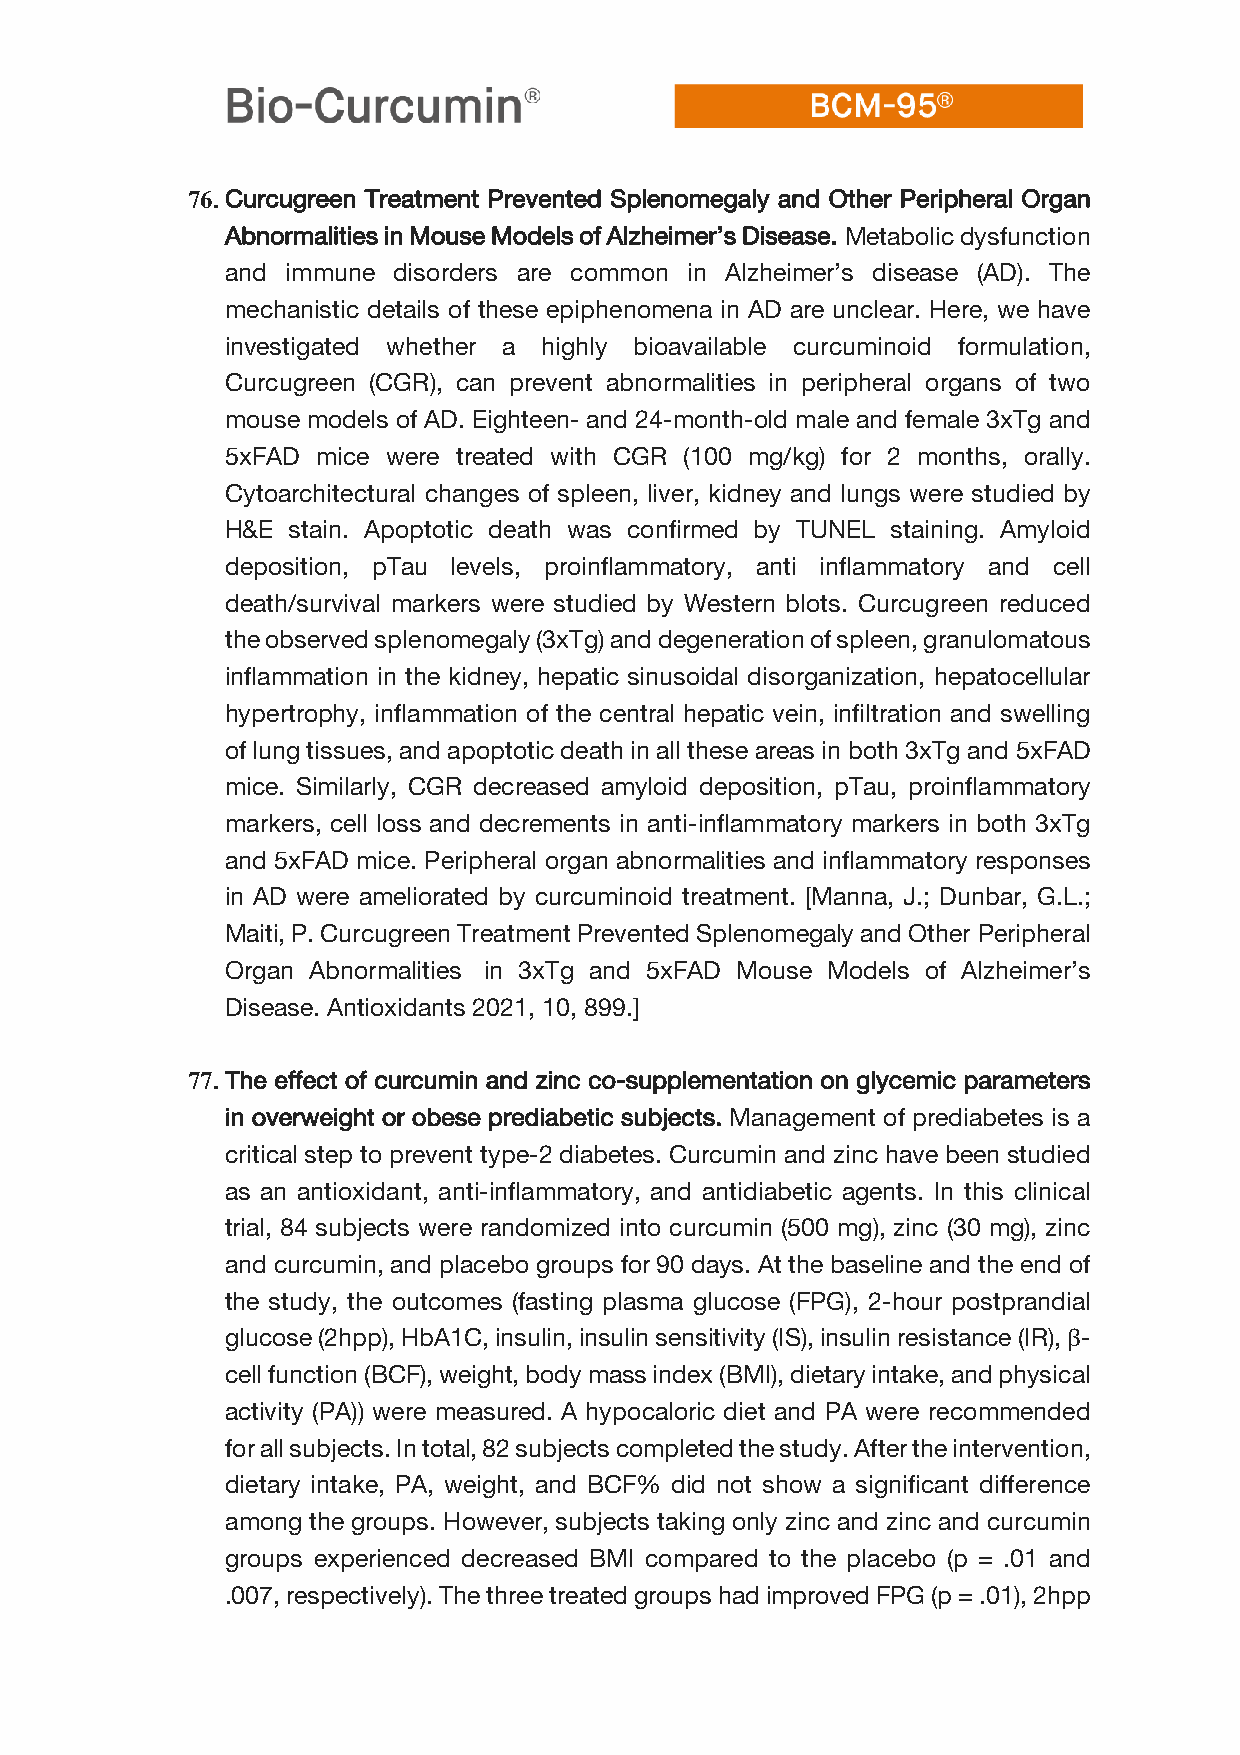
76. Curcugreen Treatment Prevented Splenomegaly and Other Peripheral Organ
 Abnormalities in Mouse Models of Alzheimer’s Disease. Metabolic dysfunction
 and immune disorders are common in Alzheimer’s disease (AD). The
 mechanistic details of these epiphenomena in AD are unclear. Here, we have
 investigated whether a highly bioavailable curcuminoid formulation,
 Curcugreen (CGR), can prevent abnormalities in peripheral organs of two
 mouse models of AD. Eighteen- and 24-month-old male and female 3xTg and
 5xFAD mice were treated with CGR (100 mg/kg) for 2 months, orally.
 Cytoarchitectural changes of spleen, liver, kidney and lungs were studied by
 H&E stain. Apoptotic death was confirmed by TUNEL staining. Amyloid
 deposition, pTau levels, proinflammatory, anti inflammatory and cell
 death/survival markers were studied by Western blots. Curcugreen reduced
 the observed splenomegaly (3xTg) and degeneration of spleen, granulomatous
 inflammation in the kidney, hepatic sinusoidal disorganization, hepatocellular
 hypertrophy, inflammation of the central hepatic vein, infiltration and swelling
 of lung tissues, and apoptotic death in all these areas in both 3xTg and 5xFAD
 mice. Similarly, CGR decreased amyloid deposition, pTau, proinflammatory
 markers, cell loss and decrements in anti-inflammatory markers in both 3xTg
 and 5xFAD mice. Peripheral organ abnormalities and inflammatory responses
 in AD were ameliorated by curcuminoid treatment. [Manna, J.; Dunbar, G.L.;
 Maiti, P. Curcugreen Treatment Prevented Splenomegaly and Other Peripheral
 Organ Abnormalities in 3xTg and 5xFAD Mouse Models of Alzheimer’s
 Disease. Antioxidants 2021, 10, 899.]
 77. The effect of curcumin and zinc co-supplementation on glycemic parameters
 in overweight or obese prediabetic subjects. Management of prediabetes is a
 critical step to prevent type-2 diabetes. Curcumin and zinc have been studied
 as an antioxidant, anti-inflammatory, and antidiabetic agents. In this clinical
 trial, 84 subjects were randomized into curcumin (500 mg), zinc (30 mg), zinc
 and curcumin, and placebo groups for 90 days. At the baseline and the end of
 the study, the outcomes (fasting plasma glucose (FPG), 2-hour postprandial
 glucose (2hpp), HbA1C, insulin, insulin sensitivity (IS), insulin resistance (IR), β-
 cell function (BCF), weight, body mass index (BMI), dietary intake, and physical
 activity (PA)) were measured. A hypocaloric diet and PA were recommended
 for all subjects. In total, 82 subjects completed the study. After the intervention,
 dietary intake, PA, weight, and BCF% did not show a significant difference
 among the groups. However, subjects taking only zinc and zinc and curcumin
 groups experienced decreased BMI compared to the placebo (p = .01 and
 .007, respectively). The three treated groups had improved FPG (p = .01), 2hpp